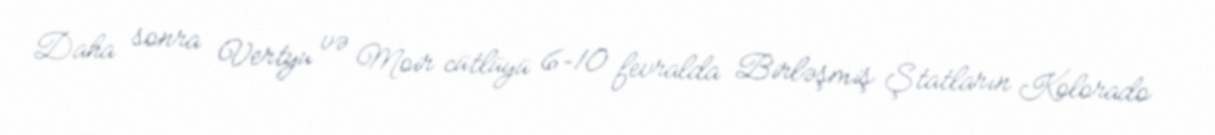
Daha sonra Vertyu və Moir cütlüyü 6–10 fevralda Birləşmiş Ştatların Kolorado